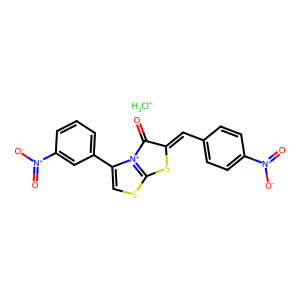
SMILES: O=C1C(=Cc2ccc([N+](=O)[O-])cc2)Sc2scc(-c3cccc([N+](=O)[O-])c3)[n+]21.[ClH2+]
Inhibits HIV replication: No